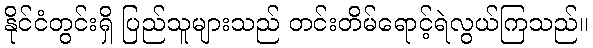
နိုင်ငံတွင်းရှိ ပြည်သူများသည် တင်းတိမ်ရောင့်ရဲလွယ်ကြသည်။